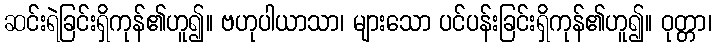
ဆင်းရဲခြင်းရှိကုန်၏ဟူ၍။ ဗဟုပါယာသာ၊ များသော ပင်ပန်းခြင်းရှိကုန်၏ဟူ၍။ ဝုတ္တာ၊